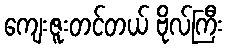
ကျေးဇူးတင်တယ် ဗိုလ်ကြီး